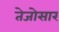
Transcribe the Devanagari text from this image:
तेजोसार